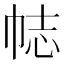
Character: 𢂴